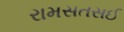
રામસતસઈ